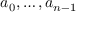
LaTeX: a _ { 0 } , \ldots , a _ { n - 1 }